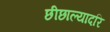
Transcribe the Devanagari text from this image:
छीछाल्यादरि